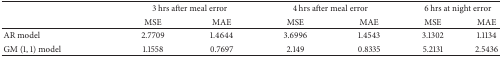
<table><thead><tr><td rowspan="2"><b> </b></td><td colspan="2"><b>3 hrs after meal error</b></td><td colspan="2"><b>4 hrs after meal error</b></td><td colspan="2"><b>6 hrs at night error</b></td></tr><tr><td><b>MSE</b></td><td><b>MAE</b></td><td><b>MSE</b></td><td><b>MAE</b></td><td><b>MSE</b></td><td><b>MAE</b></td></tr></thead><tbody><tr><td>AR model</td><td>2.7709</td><td>1.4644</td><td>3.6996</td><td>1.4543</td><td>3.1302</td><td>1.1134</td></tr><tr><td>GM (1, 1) model</td><td>1.1558</td><td>0.7697</td><td>2.149</td><td>0.8335</td><td>5.2131</td><td>2.5436</td></tr></tbody></table>